331_120752_Numeric_Files_1944–1945_37153_German_Armament_Equipment_Documents
Agency: Department of War
Incident date: 3/18/45
Incident location: Germany
Page 11
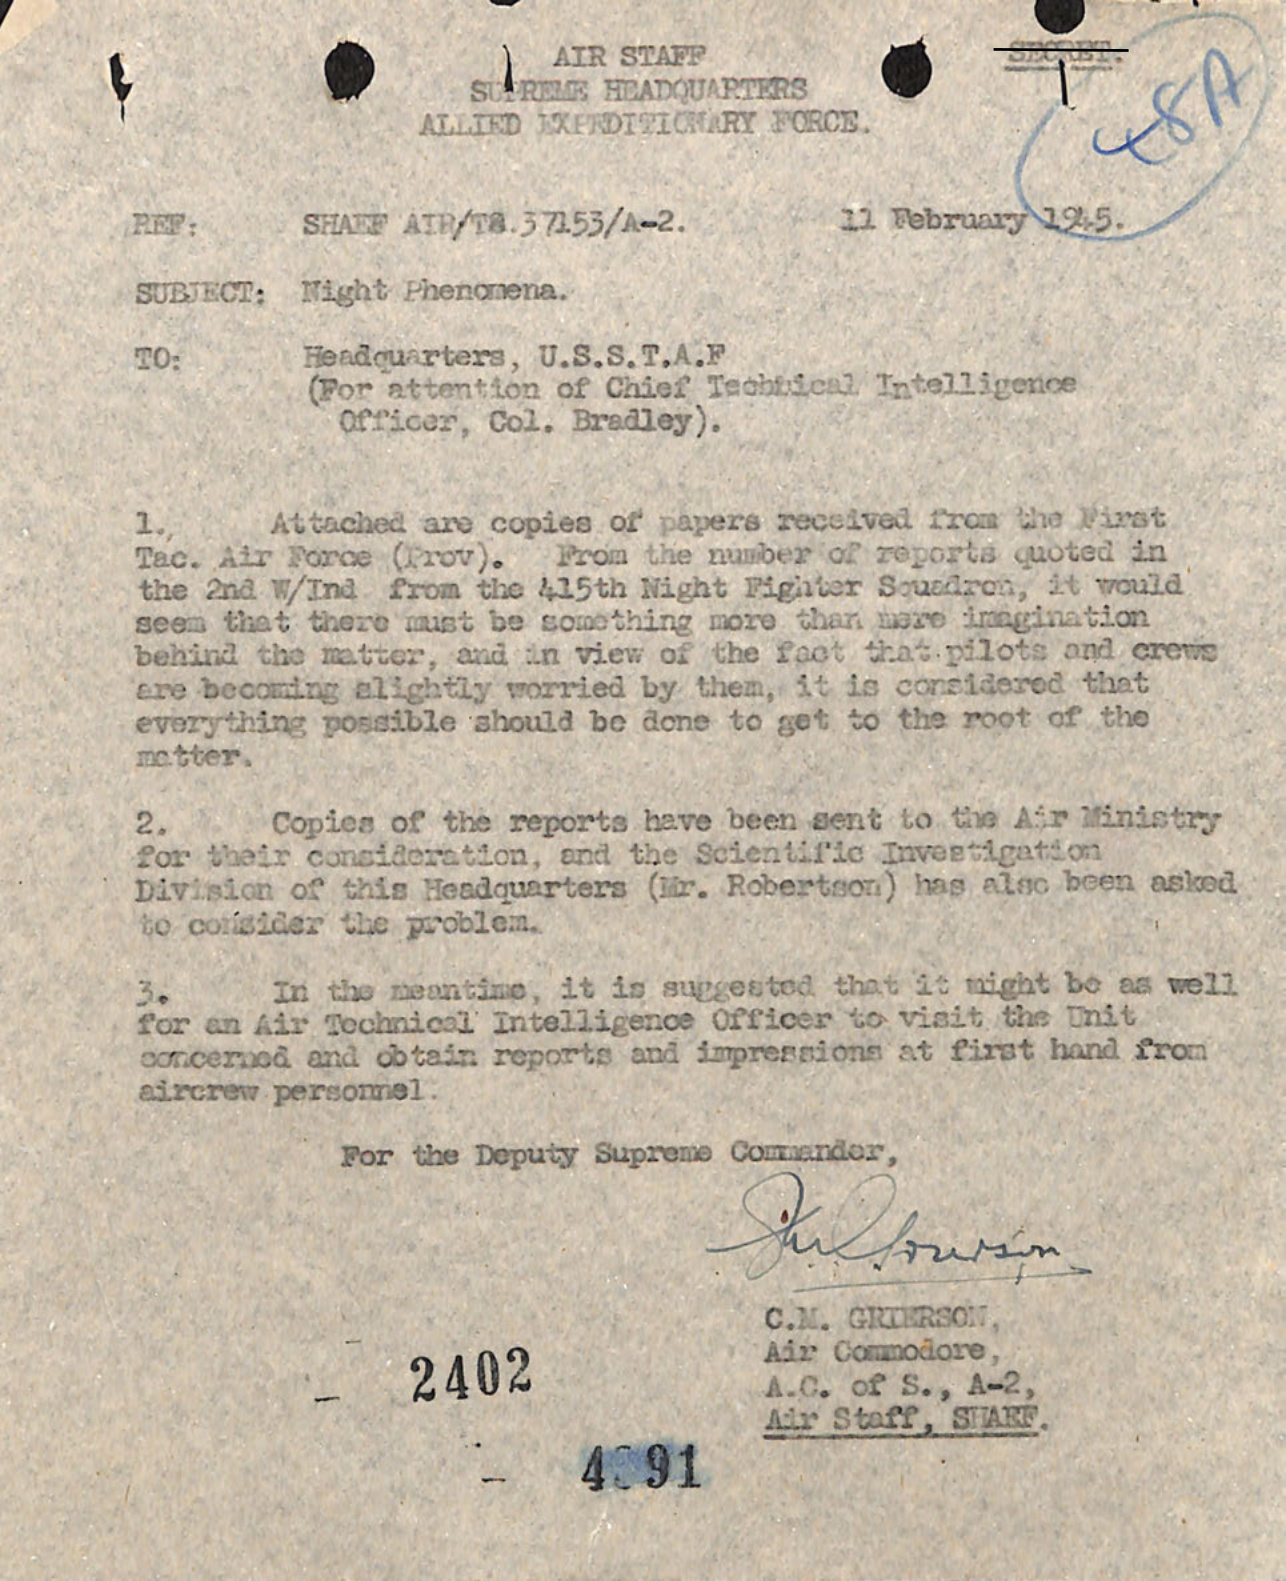